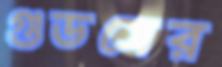
গুডসের